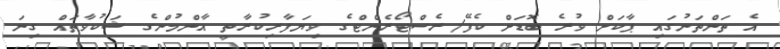
އެ ތަންތަނުގައި ޕާކަށް ވުރެ ބޮޑަށް ކެފޭ/ރެސްޓޯރެންޓްގެ ވިޔަފާރިކުރާތީ އާންމުންގެ ޝަކުވާތައް ގިނަ